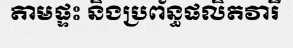
តាមផ្ទះ និងប្រព័ន្ធផលិតវារី